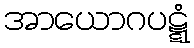
အာယောဂပဋ္ဋံ